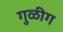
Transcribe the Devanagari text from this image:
गुळीग